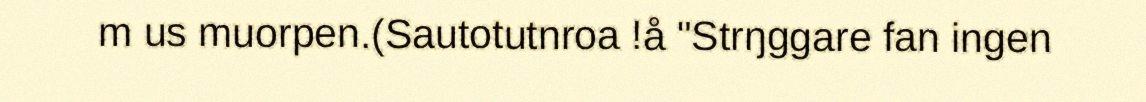
m us muorpen.(Sautotutnroa !å "Strŋggare fan ingen